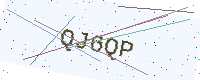
Text: QJ6QP